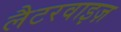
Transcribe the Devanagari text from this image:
लैटरवाइज़